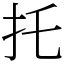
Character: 托